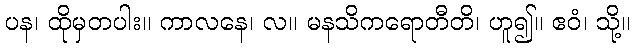
ပန၊ ထိုမှတပါး။ ကာလနေ၊ လ။ မနသိကရောတီတိ၊ ဟူ၍။ ဧဝံ၊ သို့။